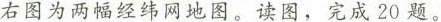
右图为两幅经纬网地图。读图，完成20题。